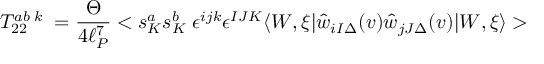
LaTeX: T _ { 2 2 } ^ { a b \; k } \; = \frac { \Theta } { 4 \ell _ { P } ^ { 7 } } < s _ { K } ^ { a } s _ { K } ^ { b } \; \epsilon ^ { i j k } \epsilon ^ { I J K } \langle W , \xi | \hat { w } _ { i I \Delta } ( v ) \hat { w } _ { j J \Delta } ( v ) | W , \xi \rangle >